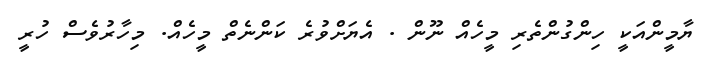
ޔާމީންއަކީ ހިންގުންތެރި މީހެއް ނޫން . އެޔަށްވުރެ ކަންނެތް މީހެއް. މިހާރުވެސް ހުރީ